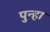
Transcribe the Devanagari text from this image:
पुन्‍हा